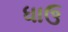
ધાઉ